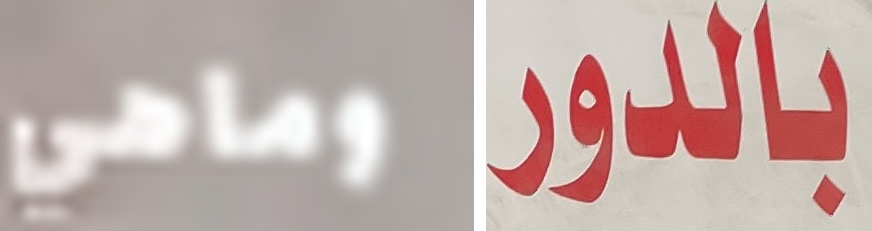
وماهي بالدور